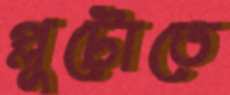
প্লুটোতে